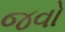
જવો